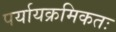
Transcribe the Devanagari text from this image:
पर्यायक्रमिकतः